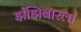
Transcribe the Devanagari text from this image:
झंझिबारला